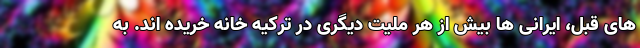
های قبل، ایرانی ها بیش از هر ملیت دیگری در ترکیه خانه خریده اند. به